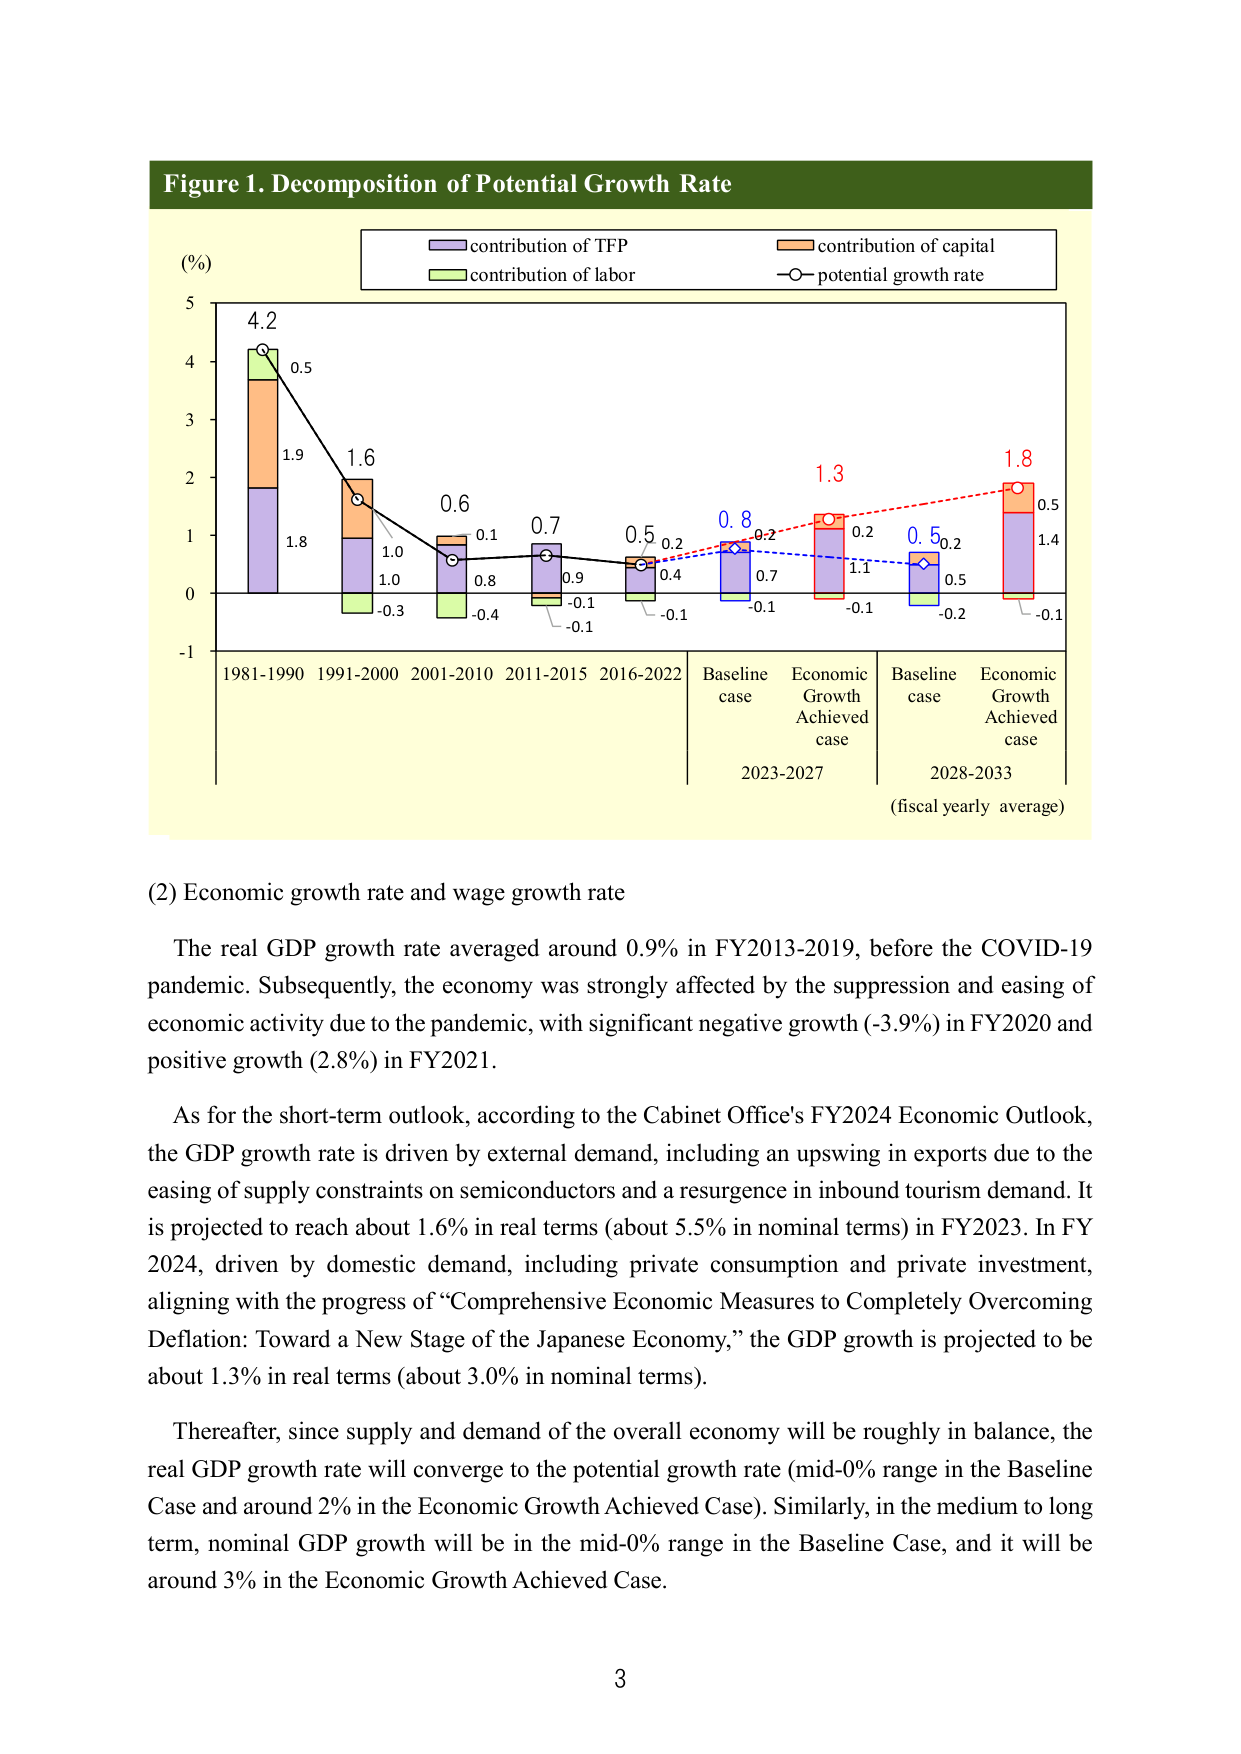
Figure 1. Decomposition of Potential Growth Rate

(%)
contribution of TFP
contribution of capital
contribution of labor
potential growth rate

4.2
0.5
1.9
1.8
1.6
1.0
1.0
-0.3
0.6
0.1
0.8
-0.4
0.7
0.9
-0.1
0.5
0.2
0.4
-0.1
0.8
0.2
0.7
-0.1
1.3
0.2
1.1
-0.1
0.5
0.2
0.5
-0.2
1.8
0.5
1.4
-0.1

1981-1990 1991-2000 2001-2010 2011-2015 2016-2022 Baseline case Economic Growth Achieved case 2023-2027 Baseline case Economic Growth Achieved case 2028-2033 (fiscal yearly average)

(2) Economic growth rate and wage growth rate

The real GDP growth rate averaged around 0.9% in FY2013-2019, before the COVID-19 pandemic. Subsequently, the economy was strongly affected by the suppression and easing of economic activity due to the pandemic, with significant negative growth (-3.9%) in FY2020 and positive growth (2.8%) in FY2021.

As for the short-term outlook, according to the Cabinet Office's FY2024 Economic Outlook, the GDP growth rate is driven by external demand, including an upswing in exports due to the easing of supply constraints on semiconductors and a resurgence in inbound tourism demand. It is projected to reach about 1.6% in real terms (about 5.5% in nominal terms) in FY2023. In FY 2024, driven by domestic demand, including private consumption and private investment, aligning with the progress of “Comprehensive Economic Measures to Completely Overcoming Deflation: Toward a New Stage of the Japanese Economy,” the GDP growth is projected to be about 1.3% in real terms (about 3.0% in nominal terms).

Thereafter, since supply and demand of the overall economy will be roughly in balance, the real GDP growth rate will converge to the potential growth rate (mid-0% range in the Baseline Case and around 2% in the Economic Growth Achieved Case). Similarly, in the medium to long term, nominal GDP growth will be in the mid-0% range in the Baseline Case, and it will be around 3% in the Economic Growth Achieved Case.

3